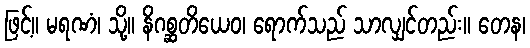
ဖြင့်။ မရဏံ၊ သို့။ နိဂစ္ဆတိယေဝ၊ ရောက်သည် သာလျှင်တည်း။ တေန၊